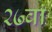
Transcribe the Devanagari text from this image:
२७वां